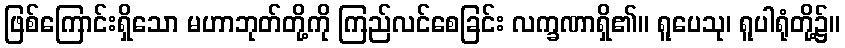
ဖြစ်ကြောင်းရှိသော မဟာဘုတ်တို့ကို ကြည်လင်စေခြင်း လက္ခဏာရှိ၏။ ရူပေသု၊ ရူပါရုံတို့၌။